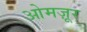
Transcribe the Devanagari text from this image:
ओमज़ूर